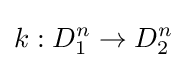
k:D_{1}^{n}\rightarrow D_{2}^{n}